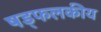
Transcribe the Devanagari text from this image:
षड्फलकीय